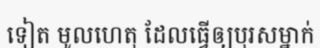
ទៀត មូលហេតុ ដែលធ្វើឲ្យបុរសម្នាក់